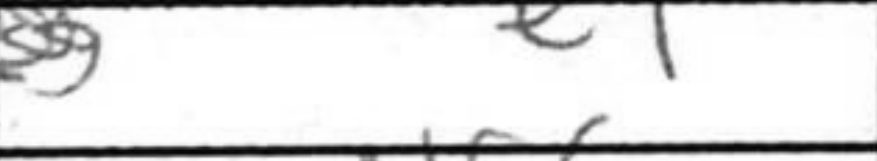
Transcription: e4